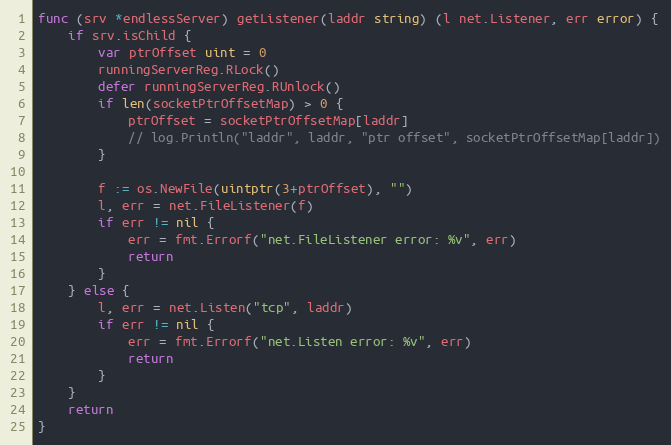
Language: Go
func (srv *endlessServer) getListener(laddr string) (l net.Listener, err error) {
	if srv.isChild {
		var ptrOffset uint = 0
		runningServerReg.RLock()
		defer runningServerReg.RUnlock()
		if len(socketPtrOffsetMap) > 0 {
			ptrOffset = socketPtrOffsetMap[laddr]
			// log.Println("laddr", laddr, "ptr offset", socketPtrOffsetMap[laddr])
		}

		f := os.NewFile(uintptr(3+ptrOffset), "")
		l, err = net.FileListener(f)
		if err != nil {
			err = fmt.Errorf("net.FileListener error: %v", err)
			return
		}
	} else {
		l, err = net.Listen("tcp", laddr)
		if err != nil {
			err = fmt.Errorf("net.Listen error: %v", err)
			return
		}
	}
	return
}